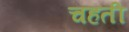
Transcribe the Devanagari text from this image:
चहती